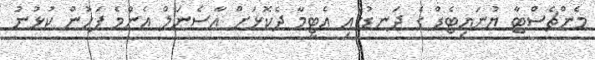
މެންޗެސްޓާ ޔުނައިޓެޑް ގެ ދަނޑުގައި އެޓީމާ ދެކޮޅަށް އާސެނަލް އެންމެ ފަހުން ކުޅުނު